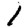
Digit: 1